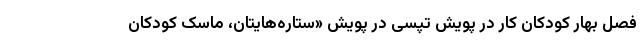
فصل بهار کودکان کار در پویش تپسی در پویش «ستاره‌هایتان، ماسک کودکان